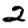
Digit: 2